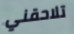
تلاحقني